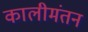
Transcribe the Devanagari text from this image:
कालीमंतन